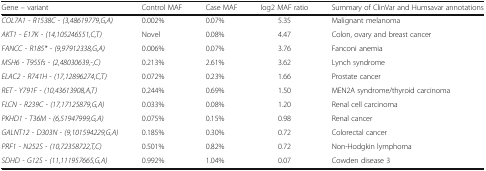
<table><thead><tr><td><b>Gene – variant</b></td><td><b>Control MAF</b></td><td><b>Case MAF</b></td><td><b>log2 MAF ratio</b></td><td><b>Summary of ClinVar and Humsavar annotations</b></td></tr></thead><tbody><tr><td><i>COL7A1 - R1538C - (3,48619779,G,A)</i></td><td>0.002%</td><td>0.07%</td><td>5.35</td><td>Malignant melanoma</td></tr><tr><td><i>AKT1 - E17K - (14,105246551,C,T)</i></td><td>Novel</td><td>0.08%</td><td>4.47</td><td>Colon, ovary and breast cancer</td></tr><tr><td><i>FANCC - R185* - (9,97912338,G,A)</i></td><td>0.006%</td><td>0.07%</td><td>3.76</td><td>Fanconi anemia</td></tr><tr><td><i>MSH6 - T955fs - (2,48030639,-,C)</i></td><td>0.213%</td><td>2.61%</td><td>3.62</td><td>Lynch syndrome</td></tr><tr><td><i>ELAC2 - R741H - (17,12896274,C,T)</i></td><td>0.072%</td><td>0.23%</td><td>1.66</td><td>Prostate cancer</td></tr><tr><td><i>RET - Y791F - (10,43613908,A,T)</i></td><td>0.244%</td><td>0.69%</td><td>1.50</td><td>MEN2A syndrome/thyroid carcinoma</td></tr><tr><td><i>FLCN - R239C - (17,17125879,G,A)</i></td><td>0.033%</td><td>0.08%</td><td>1.20</td><td>Renal cell carcinoma</td></tr><tr><td><i>PKHD1 - T36M - (6,51947999,G,A)</i></td><td>0.075%</td><td>0.15%</td><td>0.98</td><td>Renal cancer</td></tr><tr><td><i>GALNT12 - D303N - (9,101594229,G,A)</i></td><td>0.185%</td><td>0.30%</td><td>0.72</td><td>Colorectal cancer</td></tr><tr><td><i>PRF1 - N252S - (10,72358722,T,C)</i></td><td>0.501%</td><td>0.82%</td><td>0.72</td><td>Non-Hodgkin lymphoma</td></tr><tr><td><i>SDHD - G12S - (11,111957665,G,A)</i></td><td>0.992%</td><td>1.04%</td><td>0.07</td><td>Cowden disease 3</td></tr></tbody></table>